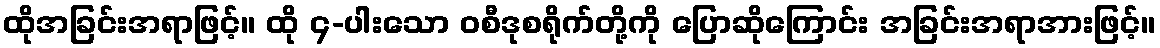
ထိုအခြင်းအရာဖြင့်။ ထို ၄-ပါးသော ဝစီဒုစရိုက်တို့ကို ပြောဆိုကြောင်း အခြင်းအရာအားဖြင့်။